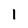
Character: 1